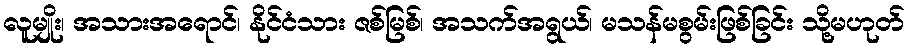
လူမျိုး၊ အသားအရောင်၊ နိုင်ငံသား ဇစ်မြစ်၊ အသက်အရွယ်၊ မသန်မစွမ်းဖြစ်ခြင်း သို့မဟုတ်